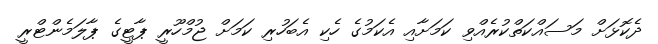
ދެކޮޅަށް މަސައްކަތްކުރެއްވި ކަމަށާއި އެކަމުގެ ހެކި އެބަހުރި ކަމަށް ޖުމްހޫރީ ޕާޓީގެ ޕާލަމެންޓްރީ